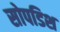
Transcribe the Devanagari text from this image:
सोपडिश